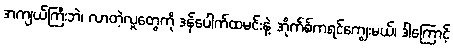
အကျယ်ကြီးဘဲ၊ လာတဲ့လူတွေကို ဒန်ပေါက်ထမင်းနဲ့ အိုက်စ်ကရင်ကျွေးမယ်၊ ဒါကြောင့်